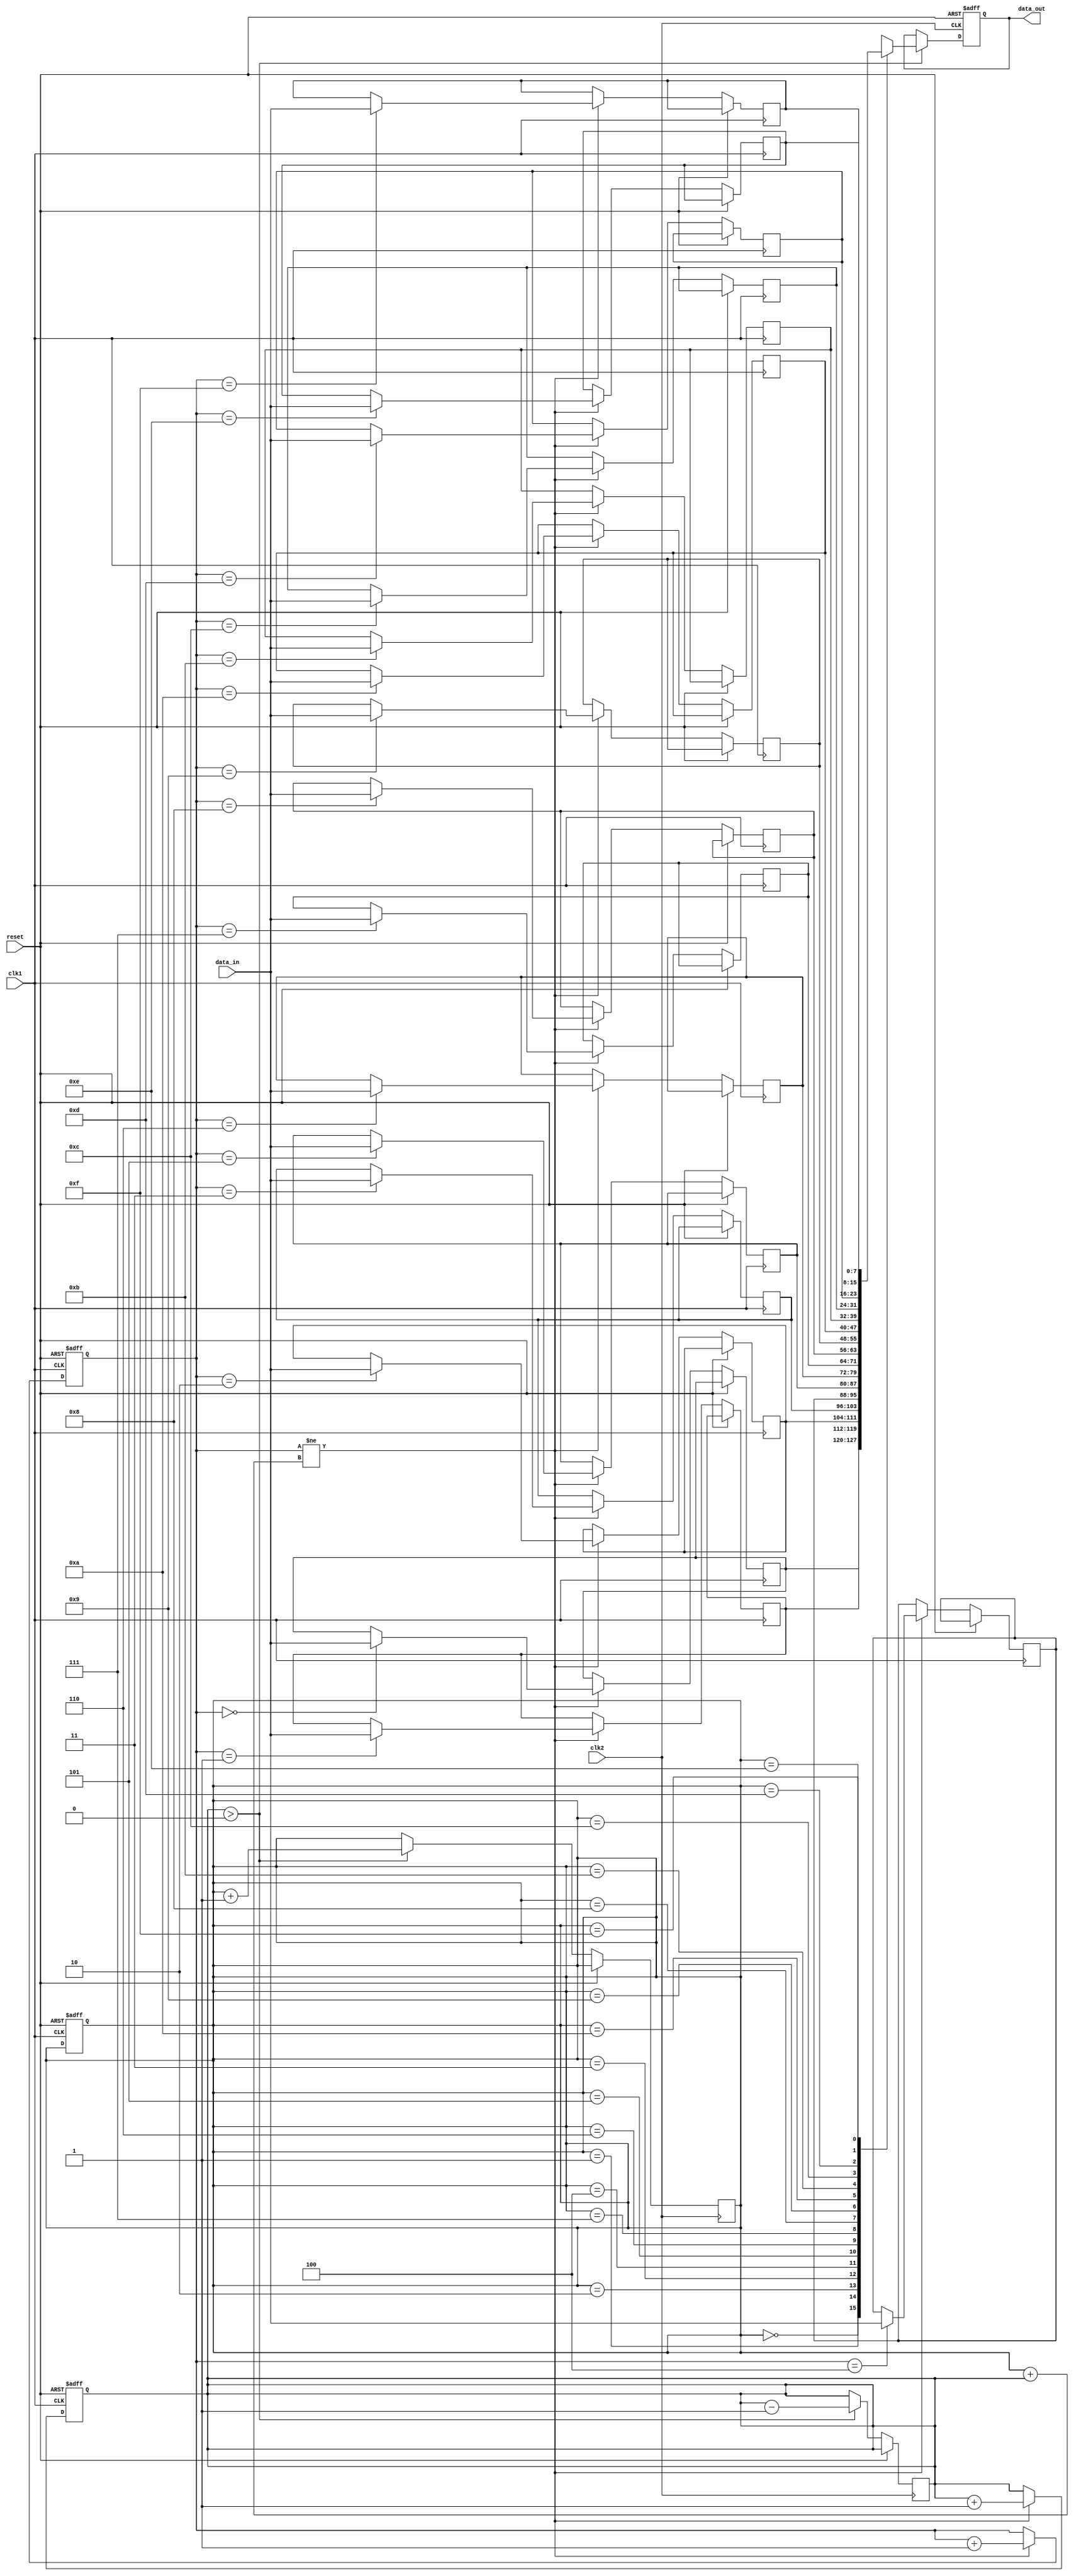
module FIFO_buffer (
  input wire reset,
  input wire clk1,
  input wire clk2,
  input wire [7:0] data_in,
  output reg [7:0] data_out
);

reg [7:0] buffer [0:15];
reg [3:0] read_ptr = 0;
reg [3:0] write_ptr = 0;
reg [3:0] full_count = 0;

always @(posedge clk1 or posedge reset) begin
  if (reset) begin
    read_ptr <= 0;
    write_ptr <= 0;
    full_count <= 0;
  end else if (write_ptr != read_ptr + full_count) begin
    buffer[write_ptr] <= data_in;
    write_ptr <= write_ptr + 1;
    full_count <= full_count + 1;
  end
end

always @(posedge clk2 or posedge reset) begin
  if (reset) begin
    data_out <= 0;
  end else if (full_count > 0) begin
    data_out <= buffer[read_ptr];
    read_ptr <= read_ptr + 1;
    full_count <= full_count - 1;
  end
end

endmodule